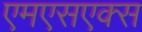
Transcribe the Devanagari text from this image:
एमएसएक्स